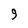
Character: 9